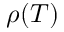
\rho ( T )